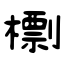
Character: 檦